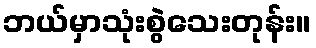
ဘယ်မှာသုံးစွဲသေးတုန်း။